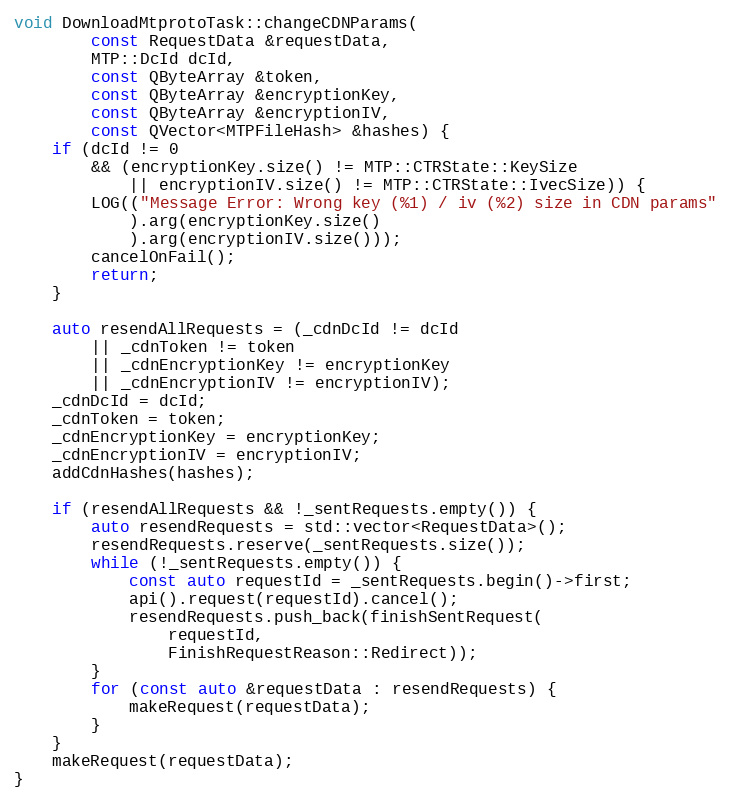
Language: C++
void DownloadMtprotoTask::changeCDNParams(
		const RequestData &requestData,
		MTP::DcId dcId,
		const QByteArray &token,
		const QByteArray &encryptionKey,
		const QByteArray &encryptionIV,
		const QVector<MTPFileHash> &hashes) {
	if (dcId != 0
		&& (encryptionKey.size() != MTP::CTRState::KeySize
			|| encryptionIV.size() != MTP::CTRState::IvecSize)) {
		LOG(("Message Error: Wrong key (%1) / iv (%2) size in CDN params"
			).arg(encryptionKey.size()
			).arg(encryptionIV.size()));
		cancelOnFail();
		return;
	}

	auto resendAllRequests = (_cdnDcId != dcId
		|| _cdnToken != token
		|| _cdnEncryptionKey != encryptionKey
		|| _cdnEncryptionIV != encryptionIV);
	_cdnDcId = dcId;
	_cdnToken = token;
	_cdnEncryptionKey = encryptionKey;
	_cdnEncryptionIV = encryptionIV;
	addCdnHashes(hashes);

	if (resendAllRequests && !_sentRequests.empty()) {
		auto resendRequests = std::vector<RequestData>();
		resendRequests.reserve(_sentRequests.size());
		while (!_sentRequests.empty()) {
			const auto requestId = _sentRequests.begin()->first;
			api().request(requestId).cancel();
			resendRequests.push_back(finishSentRequest(
				requestId,
				FinishRequestReason::Redirect));
		}
		for (const auto &requestData : resendRequests) {
			makeRequest(requestData);
		}
	}
	makeRequest(requestData);
}